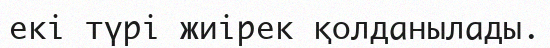
екі түрі жиірек қолданылады.